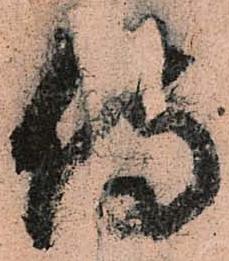
侍